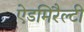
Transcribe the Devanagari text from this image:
ऐडमिरैल्टी